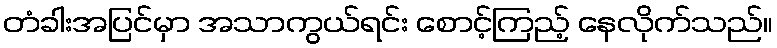
တံခါးအပြင်မှာ အသာကွယ်ရင်း စောင့်ကြည့် နေလိုက်သည်။